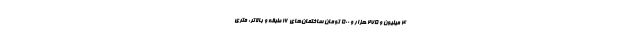
۴ میلیون و ۲۷۵ هزار و ۵۰۰ تومان ساختمان‌های ۱۶ طبقه و بالاتر: متری